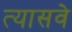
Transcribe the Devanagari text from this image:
त्यासवे